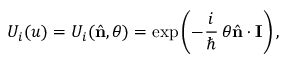
U _ { i } ( u ) = U _ { i } ( { \hat { \mathbf { n } } } , \theta ) = \exp \left( - \frac { i } { \hbar } \, \theta { \hat { \mathbf { n } } } \cdot { \mathbf { I } } \right) ,